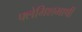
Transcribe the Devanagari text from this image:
फ्लेमिशभाषी